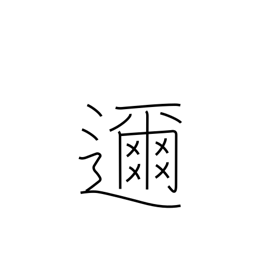
Meaning: close